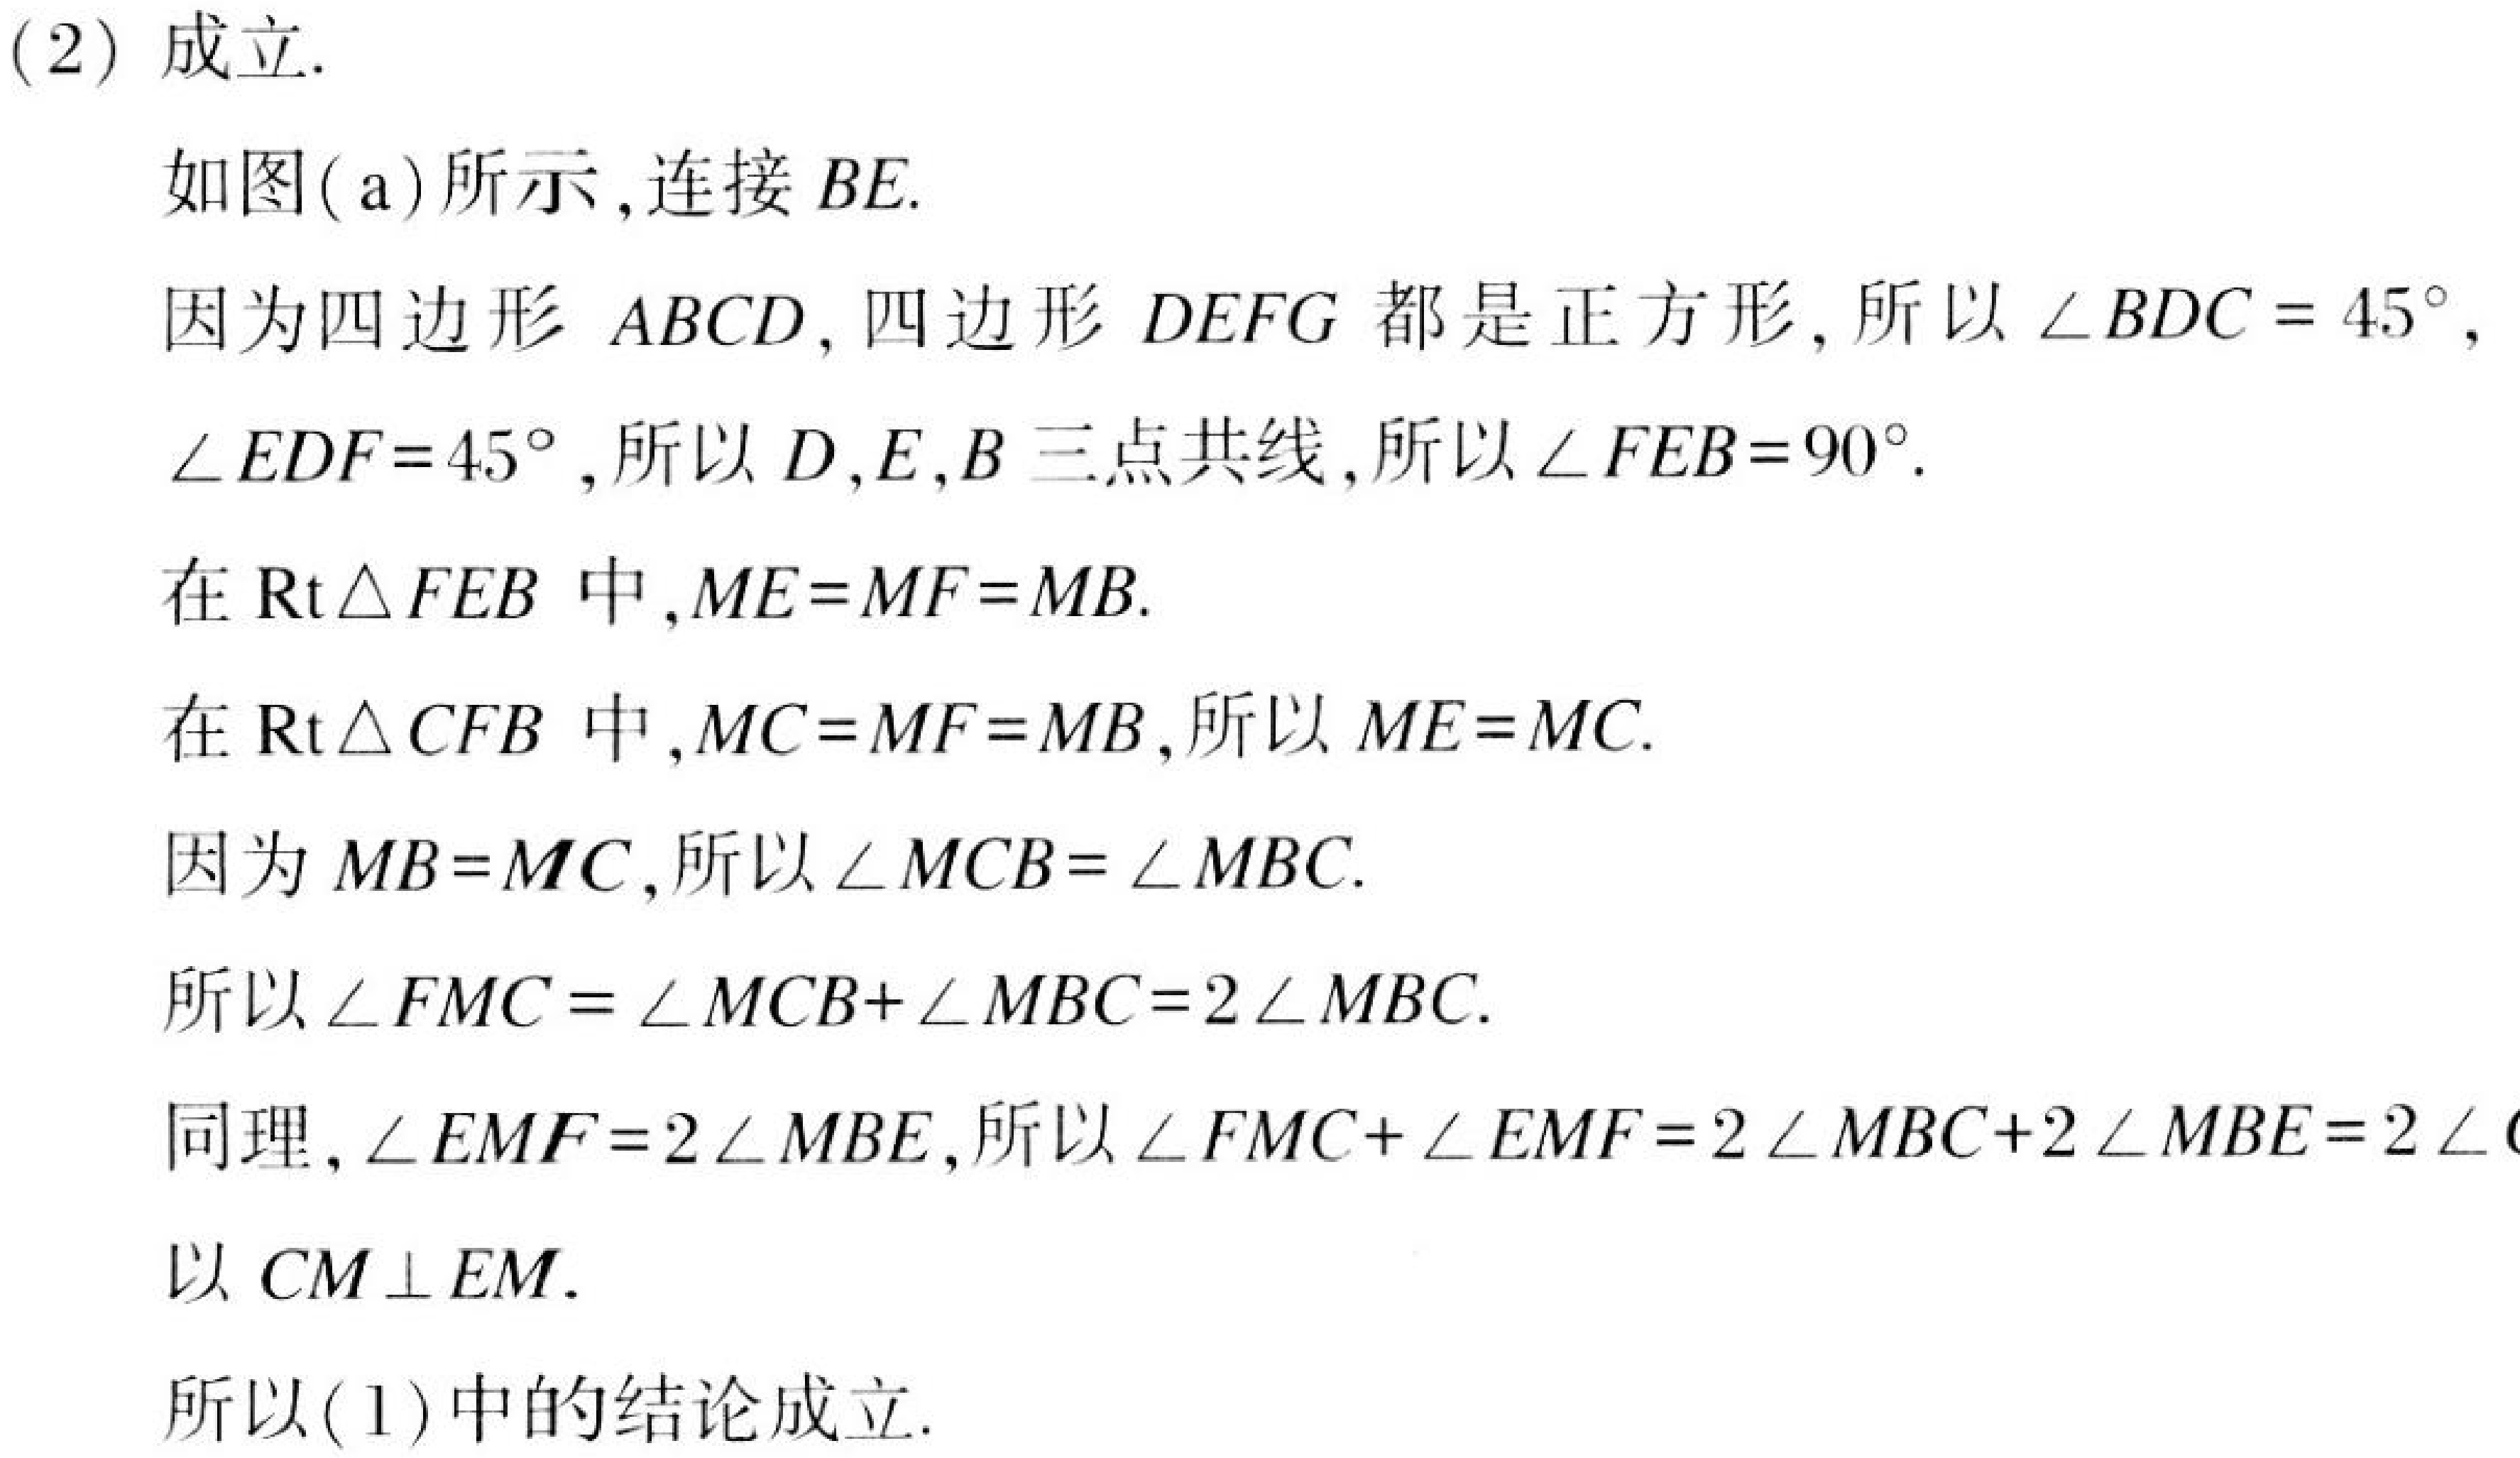
(2) 成立.
如图(a)所示,连接 \(BE\).
因为四边形 \(ABCD\), 四边形 \(DEFG\) 都是正方形, 所以 \(\angle BDC = 45^{\circ}\),
\(\angle EDF = 45^{\circ}\), 所以 \(D,E,B\) 三点共线, 所以 \(\angle FEB = 90^{\circ}\).
在 \(\text{Rt}\triangle FEB\) 中,\(ME = MF = MB\).
在 \(\text{Rt}\triangle CFB\) 中,\(MC = MF = MB\), 所以 \(ME = MC\).
因为 \(MB = MC\), 所以 \(\angle MCB=\angle MBC\).
所以 \(\angle FMC = \angle MCB+\angle MBC = 2\angle MBC\).
同理, \(\angle EMF = 2\angle MBE\), 所以 \(\angle FMC+\angle EMF = 2\angle MBC + 2\angle MBE = 2\angle (\)
以 \(CM\perp EM\).
所以(1)中的结论成立.